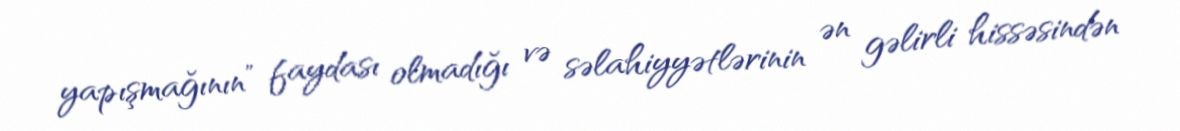
yapışmağının” faydası olmadığı və səlahiyyətlərinin ən gəlirli hissəsindən